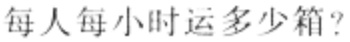
每人每小时运多少箱？